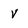
Character: V